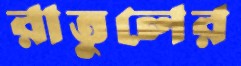
রাতুলের